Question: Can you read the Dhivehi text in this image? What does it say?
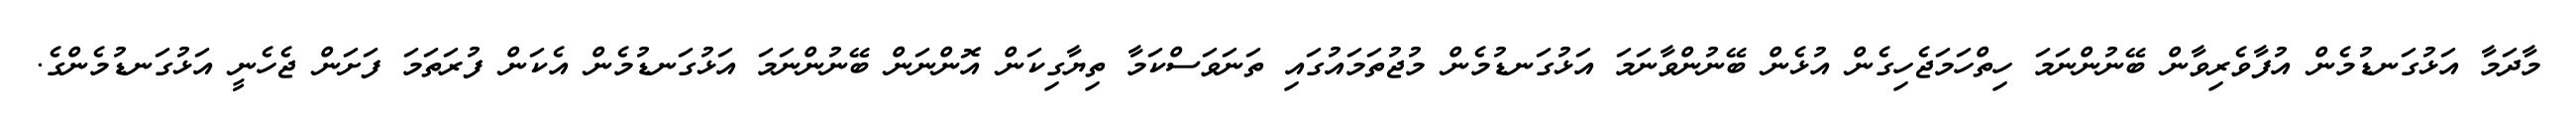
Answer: މާދަމާ އަޅުގަނޑުމެން އުފާވެރިވާން ބޭނުންނަމަ ހިތްހަމަޖެހިގެން އުޅެން ބޭނުންވާނަމަ އަޅުގަނޑުމެން މުޖުތަމައުގައި ތަނަވަސްކަމާ ތިޔާގިކަން އޮންނަން ބޭނުންނަމަ އަޅުގަނޑުމެން އެކަން ފުރަތަމަ ފަށަން ޖެހެނީ އަޅުގަނޑުމެންގެ.